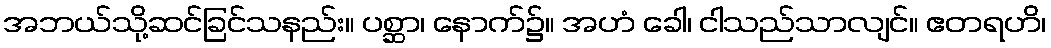
အဘယ်သို့ဆင်ခြင်သနည်း။ ပစ္ဆာ၊ နောက်၌။ အဟံ ခေါ၊ ငါသည်သာလျင်။ ဧတရဟိ၊